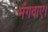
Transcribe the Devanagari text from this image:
मंगवाए।